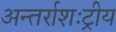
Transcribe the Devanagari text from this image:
अन्तर्राशःट्रीय